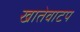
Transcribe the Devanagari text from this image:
खातेवाटप